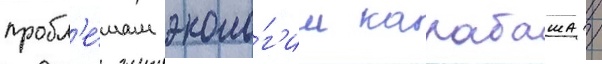
пробл'е́мам эколо́г'ии карабаша /